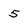
Character: 5